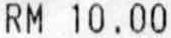
RM 10.00